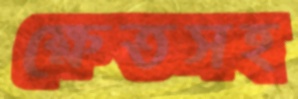
ক্ষেতসহ